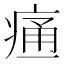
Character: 𰣳